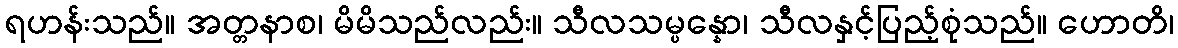
ရဟန်းသည်။ အတ္တနာစ၊ မိမိသည်လည်း။ သီလသမ္ပန္နော၊ သီလနှင့်ပြည့်စုံသည်။ ဟောတိ၊